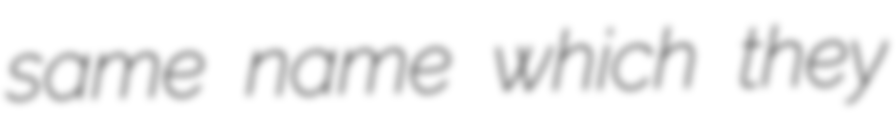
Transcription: same name which they